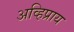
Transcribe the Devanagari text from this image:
अव्हिप्राय